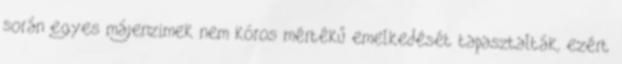
során egyes májenzimek nem kóros mértékű emelkedését tapasztalták, ezért